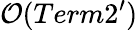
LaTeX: {\cal O}(Term2^{\prime})